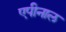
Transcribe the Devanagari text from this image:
एपीनाल